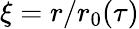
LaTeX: \xi=r/r_{0}(\tau)